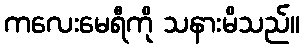
ကလေးမေရီကို သနားမိသည်။